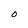
Character: O